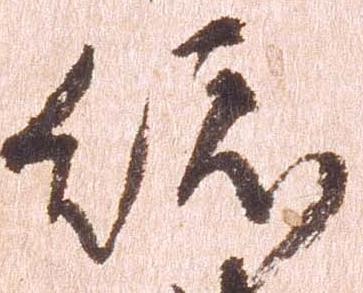
総